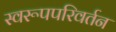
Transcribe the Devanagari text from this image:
स्वरूपपरिवर्तन